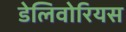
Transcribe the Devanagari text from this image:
डेलिवोरियस